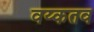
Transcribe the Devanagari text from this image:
वय्कतव